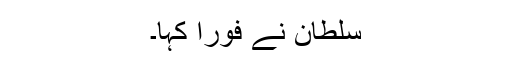
سلطان نے فورا کہا۔